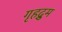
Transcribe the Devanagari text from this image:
गृहद्रुम